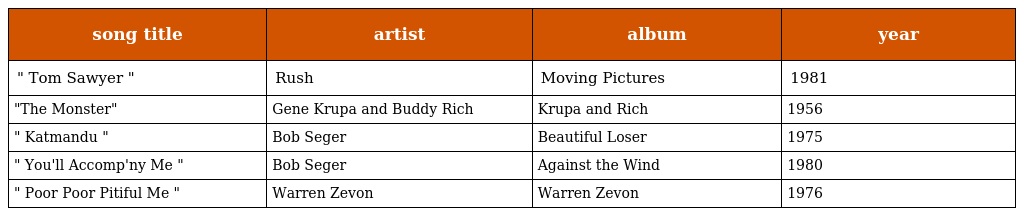
| song title | artist | album | year |
 | --- | --- | --- | --- |
 | " Tom Sawyer " | Rush | Moving Pictures | 1981 |
 | "The Monster" | Gene Krupa and Buddy Rich | Krupa and Rich | 1956 |
 | " Katmandu " | Bob Seger | Beautiful Loser | 1975 |
 | " You'll Accomp'ny Me " | Bob Seger | Against the Wind | 1980 |
 | " Poor Poor Pitiful Me " | Warren Zevon | Warren Zevon | 1976 |